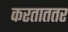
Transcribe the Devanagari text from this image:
करताततर